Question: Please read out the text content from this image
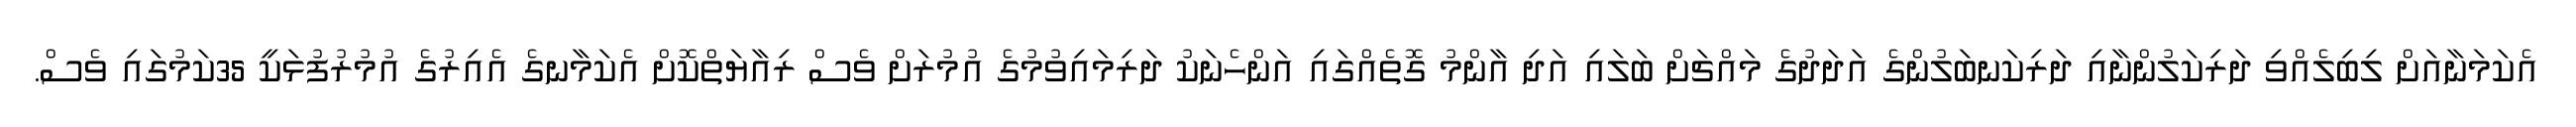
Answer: އެކަމަނާއަށް ލިބިލެއްވި ދަރިކަލުންނާއި ދަރިކަނބަލުންގެ އަދަދުގެ މައްޗަށް ބަލައި އަދި އާންމު ގޮތެއްގައި އަންހެނަކު ދަރިމައިވުމުގެ އުމުރަށް ވެސް ރިއާޔަތްކޮށް އެކަމާނގެ އެއިރުގެ އުމުރުފުޅަކީ 35ކަމުގައި ވެސް.